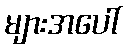
များအပေါ်